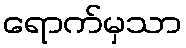
ရောက်မှသာ